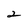
Character: 2